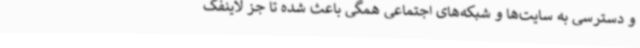
و دسترسی به سایت‌ها و شبکه‌های اجتماعی همگی باعث شده تا جز لاینفک